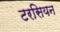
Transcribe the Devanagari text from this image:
टरसियन